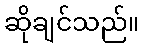
ဆိုချင်သည်။